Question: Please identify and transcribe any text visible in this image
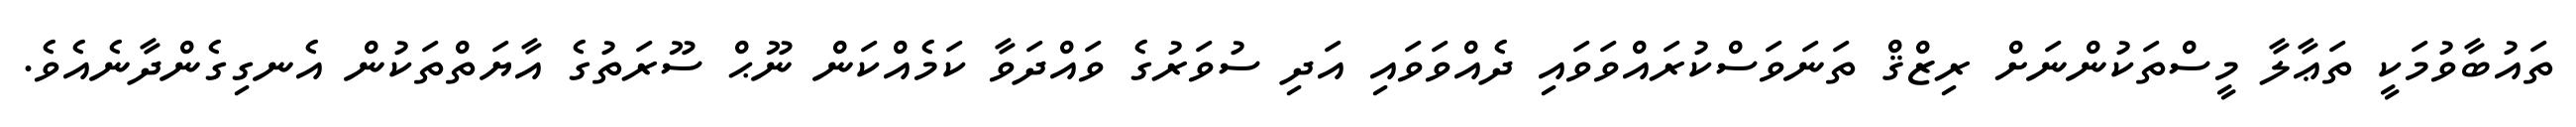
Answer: ތައުބާވުމަކީ ތަޢާލާ މީސްތަކުންނަށް ރިޒްޤް ތަނަވަސްކުރައްވަވައި ދެއްވަވައި އަދި ސުވަރުގެ ވައްދަވާ ކަމެއްކަން ނޫޙް ސޫރަތުގެ އާޔަތްތަކުން އެނގިގެންދާނެއެވެ.